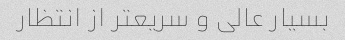
بسیار عالی و سریعتر از انتظار